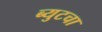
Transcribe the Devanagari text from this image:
ब्युटचा